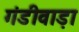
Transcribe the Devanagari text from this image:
गंडीवाड़ा